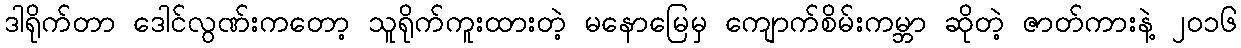
ဒါရိုက်တာ ဒေါင်လွဏ်းကတော့ သူရိုက်ကူးထားတဲ့ မနောမြေမှ ကျောက်စိမ်းကမ္ဘာ ဆိုတဲ့ ဇာတ်ကားနဲ့ ၂၀၁၆